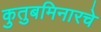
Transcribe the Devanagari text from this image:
कुतुबमिनारचे